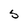
Character: S